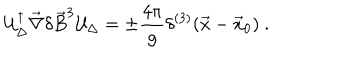
{ \cal U } _ { \Delta } ^ { \dagger } \vec { \nabla } \delta \vec { B } ^ { 3 } { \cal U } _ { \Delta } = \pm \frac { 4 \pi } { g } \delta ^ { ( 3 ) } ( \vec { x } - \vec { x } _ { 0 } ) \ .